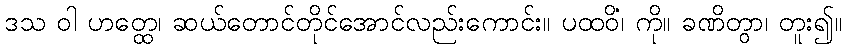
ဒသ ဝါ ဟတ္ထေ၊ ဆယ်တောင်တိုင်အောင်လည်းကောင်း။ ပထဝိံ၊ ကို။ ခဏိတွာ၊ တူး၍။